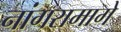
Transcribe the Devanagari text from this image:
नांगरामागे